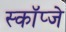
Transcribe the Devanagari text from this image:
स्कॉप्जे